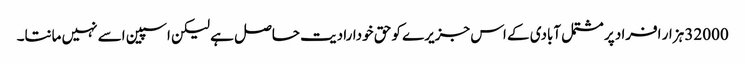
32000 ہزار افراد پر مشتمل آبادی کے اس جزیرے کو حق خودارادیت حاصل ہے لیکن اسپین اسے نہیں مانتا۔